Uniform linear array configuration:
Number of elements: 12
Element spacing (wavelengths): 0.5
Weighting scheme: exponential
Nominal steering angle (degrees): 0
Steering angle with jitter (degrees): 0.3357
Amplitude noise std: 0.05
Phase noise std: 0.05

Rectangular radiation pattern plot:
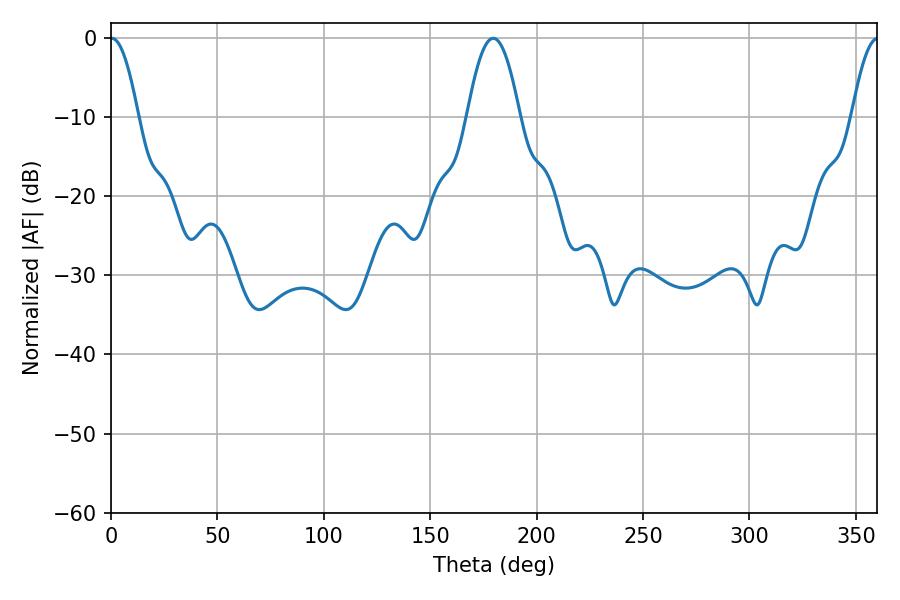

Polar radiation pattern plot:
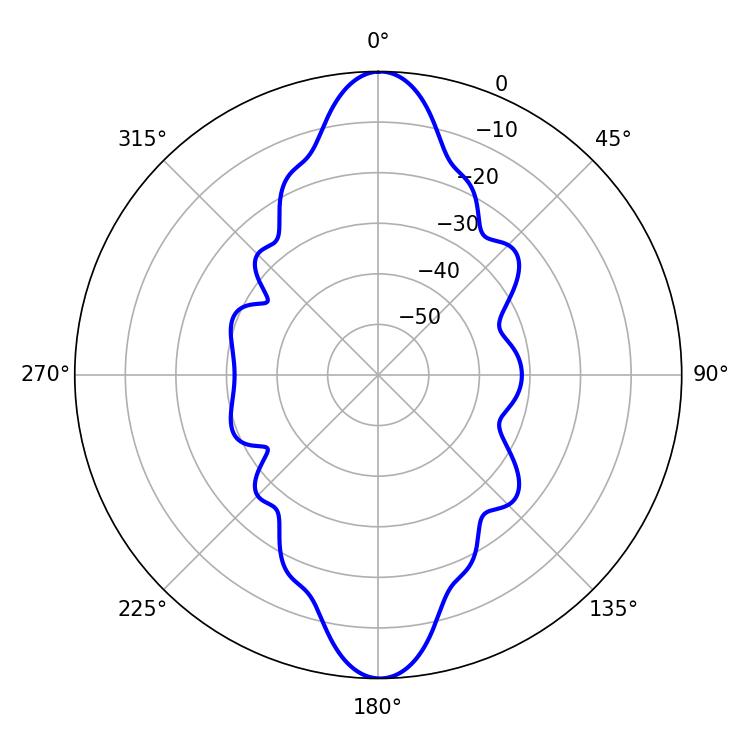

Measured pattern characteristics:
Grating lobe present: FALSE
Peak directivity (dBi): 28.264
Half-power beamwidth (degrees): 7.02
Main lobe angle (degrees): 0.36